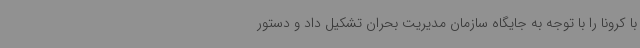
با کرونا را با توجه به جایگاه سازمان مدیریت بحران تشکیل داد و دستور